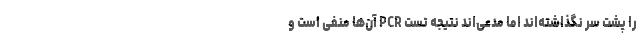
را پشت سر نگذاشته‌اند اما مدعی‌اند نتیجه تست PCR آن‌ها منفی است و